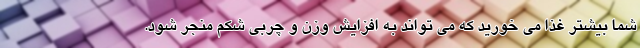
شما بیشتر غذا می خورید که می تواند به افزایش وزن و چربی شکم منجر شود.